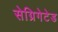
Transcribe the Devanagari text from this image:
सेग्रिगेटेड